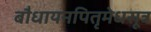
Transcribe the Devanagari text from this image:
बौधायनपितृमेधसूत्र